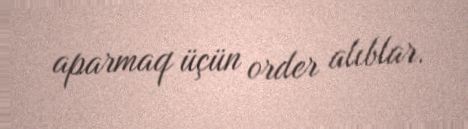
aparmaq üçün order alıblar.